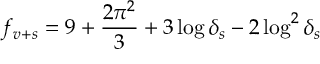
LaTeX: f _ { v + s } = 9 + \frac { 2 \pi ^ { 2 } } { 3 } + 3 \log \delta _ { s } - 2 \log ^ { 2 } \delta _ { s }